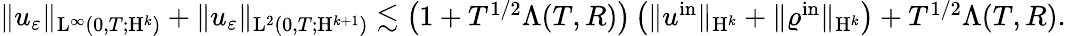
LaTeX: \begin{array}{r}{\Vert u_{\varepsilon}\Vert_{\mathrm{L}^{\infty}(0,T;\mathrm{H}^{k})}+\Vert u_{\varepsilon}\Vert_{\mathrm{L}^{2}(0,T;\mathrm{H}^{k+1})}\lesssim\left(1+T^{1/2}\Lambda(T,R)\right)\left(\Vert u^{\mathrm{in}}\Vert_{\mathrm{H}^{k}}+\Vert\varrho^{\mathrm{in}}\Vert_{\mathrm{H}^{k}}\right)+T^{1/2}\Lambda(T,R).}\end{array}